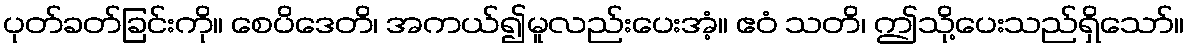
ပုတ်ခတ်ခြင်းကို။ စေပိဒေတိ၊ အကယ်၍မူလည်းပေးအံ့။ ဧဝံ သတိ၊ ဤသို့ပေးသည်ရှိသော်။